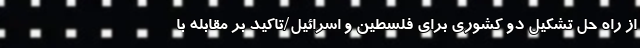
از راه حل تشکیل دو کشوری برای فلسطین و اسرائیل/تاکید بر مقابله با